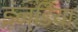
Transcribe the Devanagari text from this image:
इंन्डिया